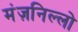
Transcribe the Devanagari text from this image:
मंज़निल्लो